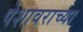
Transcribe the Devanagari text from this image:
पेशावराच्या